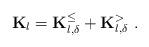
LaTeX: \begin{align*}\mathbf{K}_{l}=\mathbf{K}_{l,\delta }^{\leq }+\mathbf{K}_{l,\delta }^{>}\ .\end{align*}